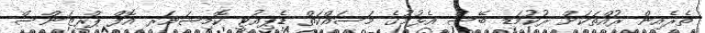
ތެރެއިން ރުއްތަކަށް ރުކުމަޑި ބޭސް އެޅުމުގެ މަސައްކަތް ޑެޕިއުޓީ ކޮމިޝަނަރ އޮފް ޕްރިޒަންސް